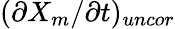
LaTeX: (\partial X_{m}/\partial t)_{uncor}